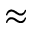
\approx